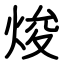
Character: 焌